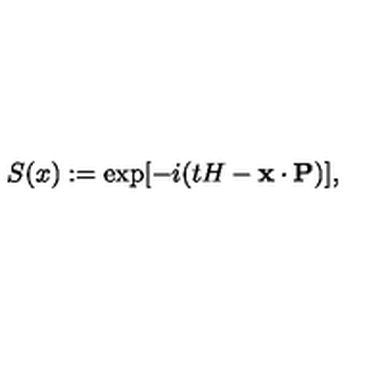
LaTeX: S ( x ) : = \exp [ - i ( t H - { \bf x } \cdot { \bf P } ) ] ,